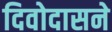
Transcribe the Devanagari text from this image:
दिवोदासने